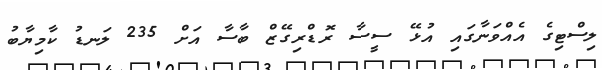
ލިސްޓިގެ އެއްވަނާގައި އުޅޭ ސީސާ ރޮޑްރިގޭޒް ބާސާ އަށް 235 ލަނޑު ކާމިޔާބު